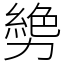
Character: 㔢